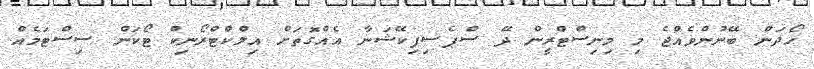
ހޯދަން ބޭނުންވެއްޖެ މި މިނިސްޓްރީން ދޭ ސްޕެސިފިކޭޝަނާ އެއްގޮތަށް އިލްކްޓްރޯނިކް ޓޯކަން ސިސްޓަމެއް